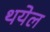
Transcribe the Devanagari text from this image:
थयेल